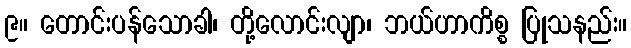
၉။ တောင်းပန်သောခါ၊ တို့လောင်းလျာ၊ ဘယ်ဟာကိစ္စ ပြုသနည်း။